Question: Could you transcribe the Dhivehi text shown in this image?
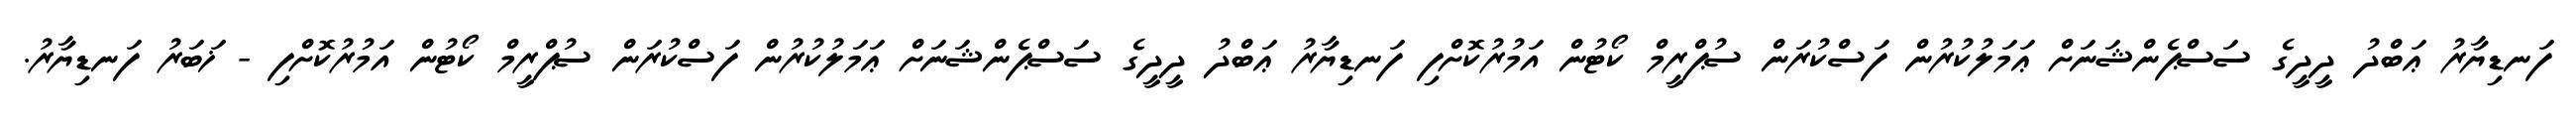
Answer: ފަނޑިޔާރު ޢަބްދު ދީދީގެ ސަސްޕެންޝަނަށް ޢަމަލުކުރުން ފަސްކުރަން ސުޕްރީމް ކޯޓުން އަމުރުކޮށްފި ފަނޑިޔާރު ޢަބްދު ދީދީގެ ސަސްޕެންޝަނަށް ޢަމަލުކުރުން ފަސްކުރަން ސުޕްރީމް ކޯޓުން އަމުރުކޮށްފި - ޚަބަރު ފަނޑިޔާރު.